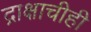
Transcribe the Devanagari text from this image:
द्राक्षाचीही